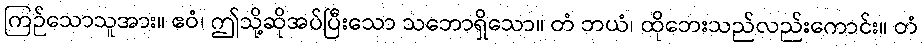
ကြဉ်သောသူအား။ ဧဝံ၊ ဤသို့ဆိုအပ်ပြီးသော သဘောရှိသော။ တံ ဘယံ၊ ထိုဘေးသည်လည်းကောင်း။ တံ